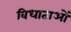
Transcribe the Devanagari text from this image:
विधाताओं